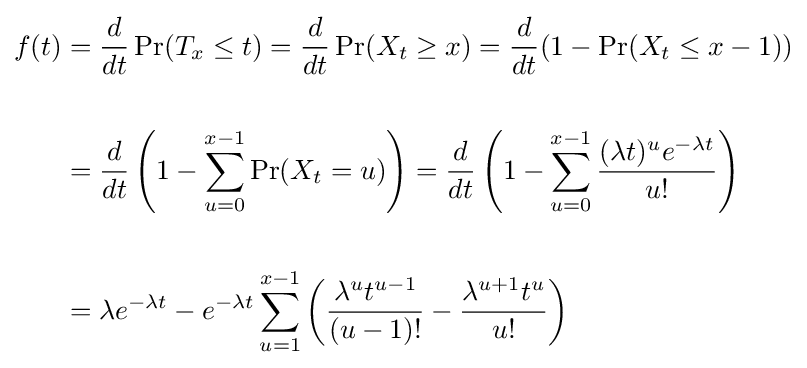
{\begin{aligned}f(t)&{}={\frac {d}{dt}}\Pr(T_{x}\leq t)={\frac {d}{dt}}\Pr(X_{t}\geq x)={\frac {d}{dt}}(1-\Pr(X_{t}\leq x-1))\\\\&{}={\frac {d}{dt}}\left(1-\sum _{u=0}^{x-1}\Pr(X_{t}=u)\right)={\frac {d}{dt}}\left(1-\sum _{u=0}^{x-1}{\frac {(\lambda t)^{u}e^{-\lambda t}}{u!}}\right)\\\\&{}=\lambda e^{-\lambda t}-e^{-\lambda t}\sum _{u=1}^{x-1}\left({\frac {\lambda ^{u}t^{u-1}}{(u-1)!}}-{\frac {\lambda ^{u+1}t^{u}}{u!}}\right)\end{aligned}}